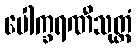
ပေါက္ခရဏီသုတ္တံ